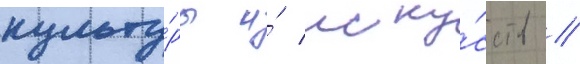
культу́ры и́ иску́сств //